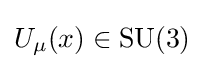
U_{\mu }(x)\in \mathrm {SU} (3)